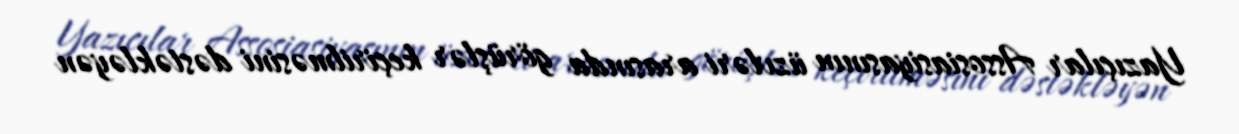
Yazıçılar Assosiasiyasının üzvləri arasında görüşlər keçirilməsini dəstəkləyən